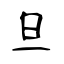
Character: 旦